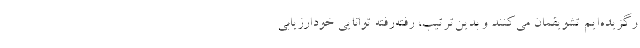
رگزیده‌ایم تشویقمان می‌کنند و بدین‌ترتیب، رفته‌رفته توانایی خودارزیابی